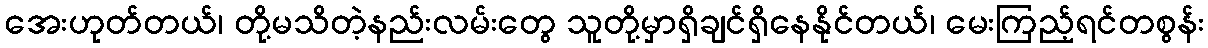
အေးဟုတ်တယ်၊ တို့မသိတဲ့နည်းလမ်းတွေ သူတို့မှာရှိချင်ရှိနေနိုင်တယ်၊ မေးကြည့်ရင်တစွန်း